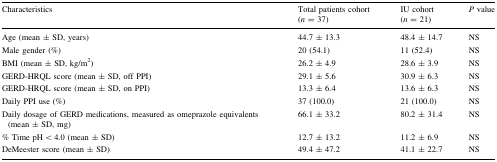
| Characteristics | Total patients cohort (n = 37) | IU cohort (n = 21) | P value |
 | --- | --- | --- | --- |
 | Age (mean ± SD, years) | 44.7 ± 13.3 | 48.4 ± 14.7 | NS |
 | Male gender (%) | 20 (54.1) | 11 (52.4) | NS |
 | BMI (mean ± SD, kg/m2) | 26.2 ± 4.9 | 28.6 ± 3.9 | NS |
 | GERD-HRQL score (mean ± SD, off PPI) | 29.1 ± 5.6 | 30.9 ± 6.3 | NS |
 | GERD-HRQL score (mean ± SD, on PPI) | 13.3 ± 6.4 | 13.6 ± 6.3 | NS |
 | Daily PPI use (%) | 37 (100.0) | 21 (100.0) | NS |
 | Daily dosage of GERD medications, measured as omeprazole equivalents (mean ± SD, mg) | 66.1 ± 33.2 | 80.2 ± 31.4 | NS |
 | % Time pH < 4.0 (mean ± SD) | 12.7 ± 13.2 | 11.2 ± 6.9 | NS |
 | DeMeester score (mean ± SD) | 49.4 ± 47.2 | 41.1 ± 22.7 | NS |